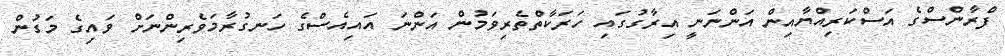
ފްރާންސްގެ އަސްކަރިއްޔާއިން އަންނަނީ އިރާގުގައި ހަރަކާތްތެރިވަމުން އަންނަ އައިއެސްގެ ހަނގުރާމަވެރިންނަށް ވައިގެ މަގުން